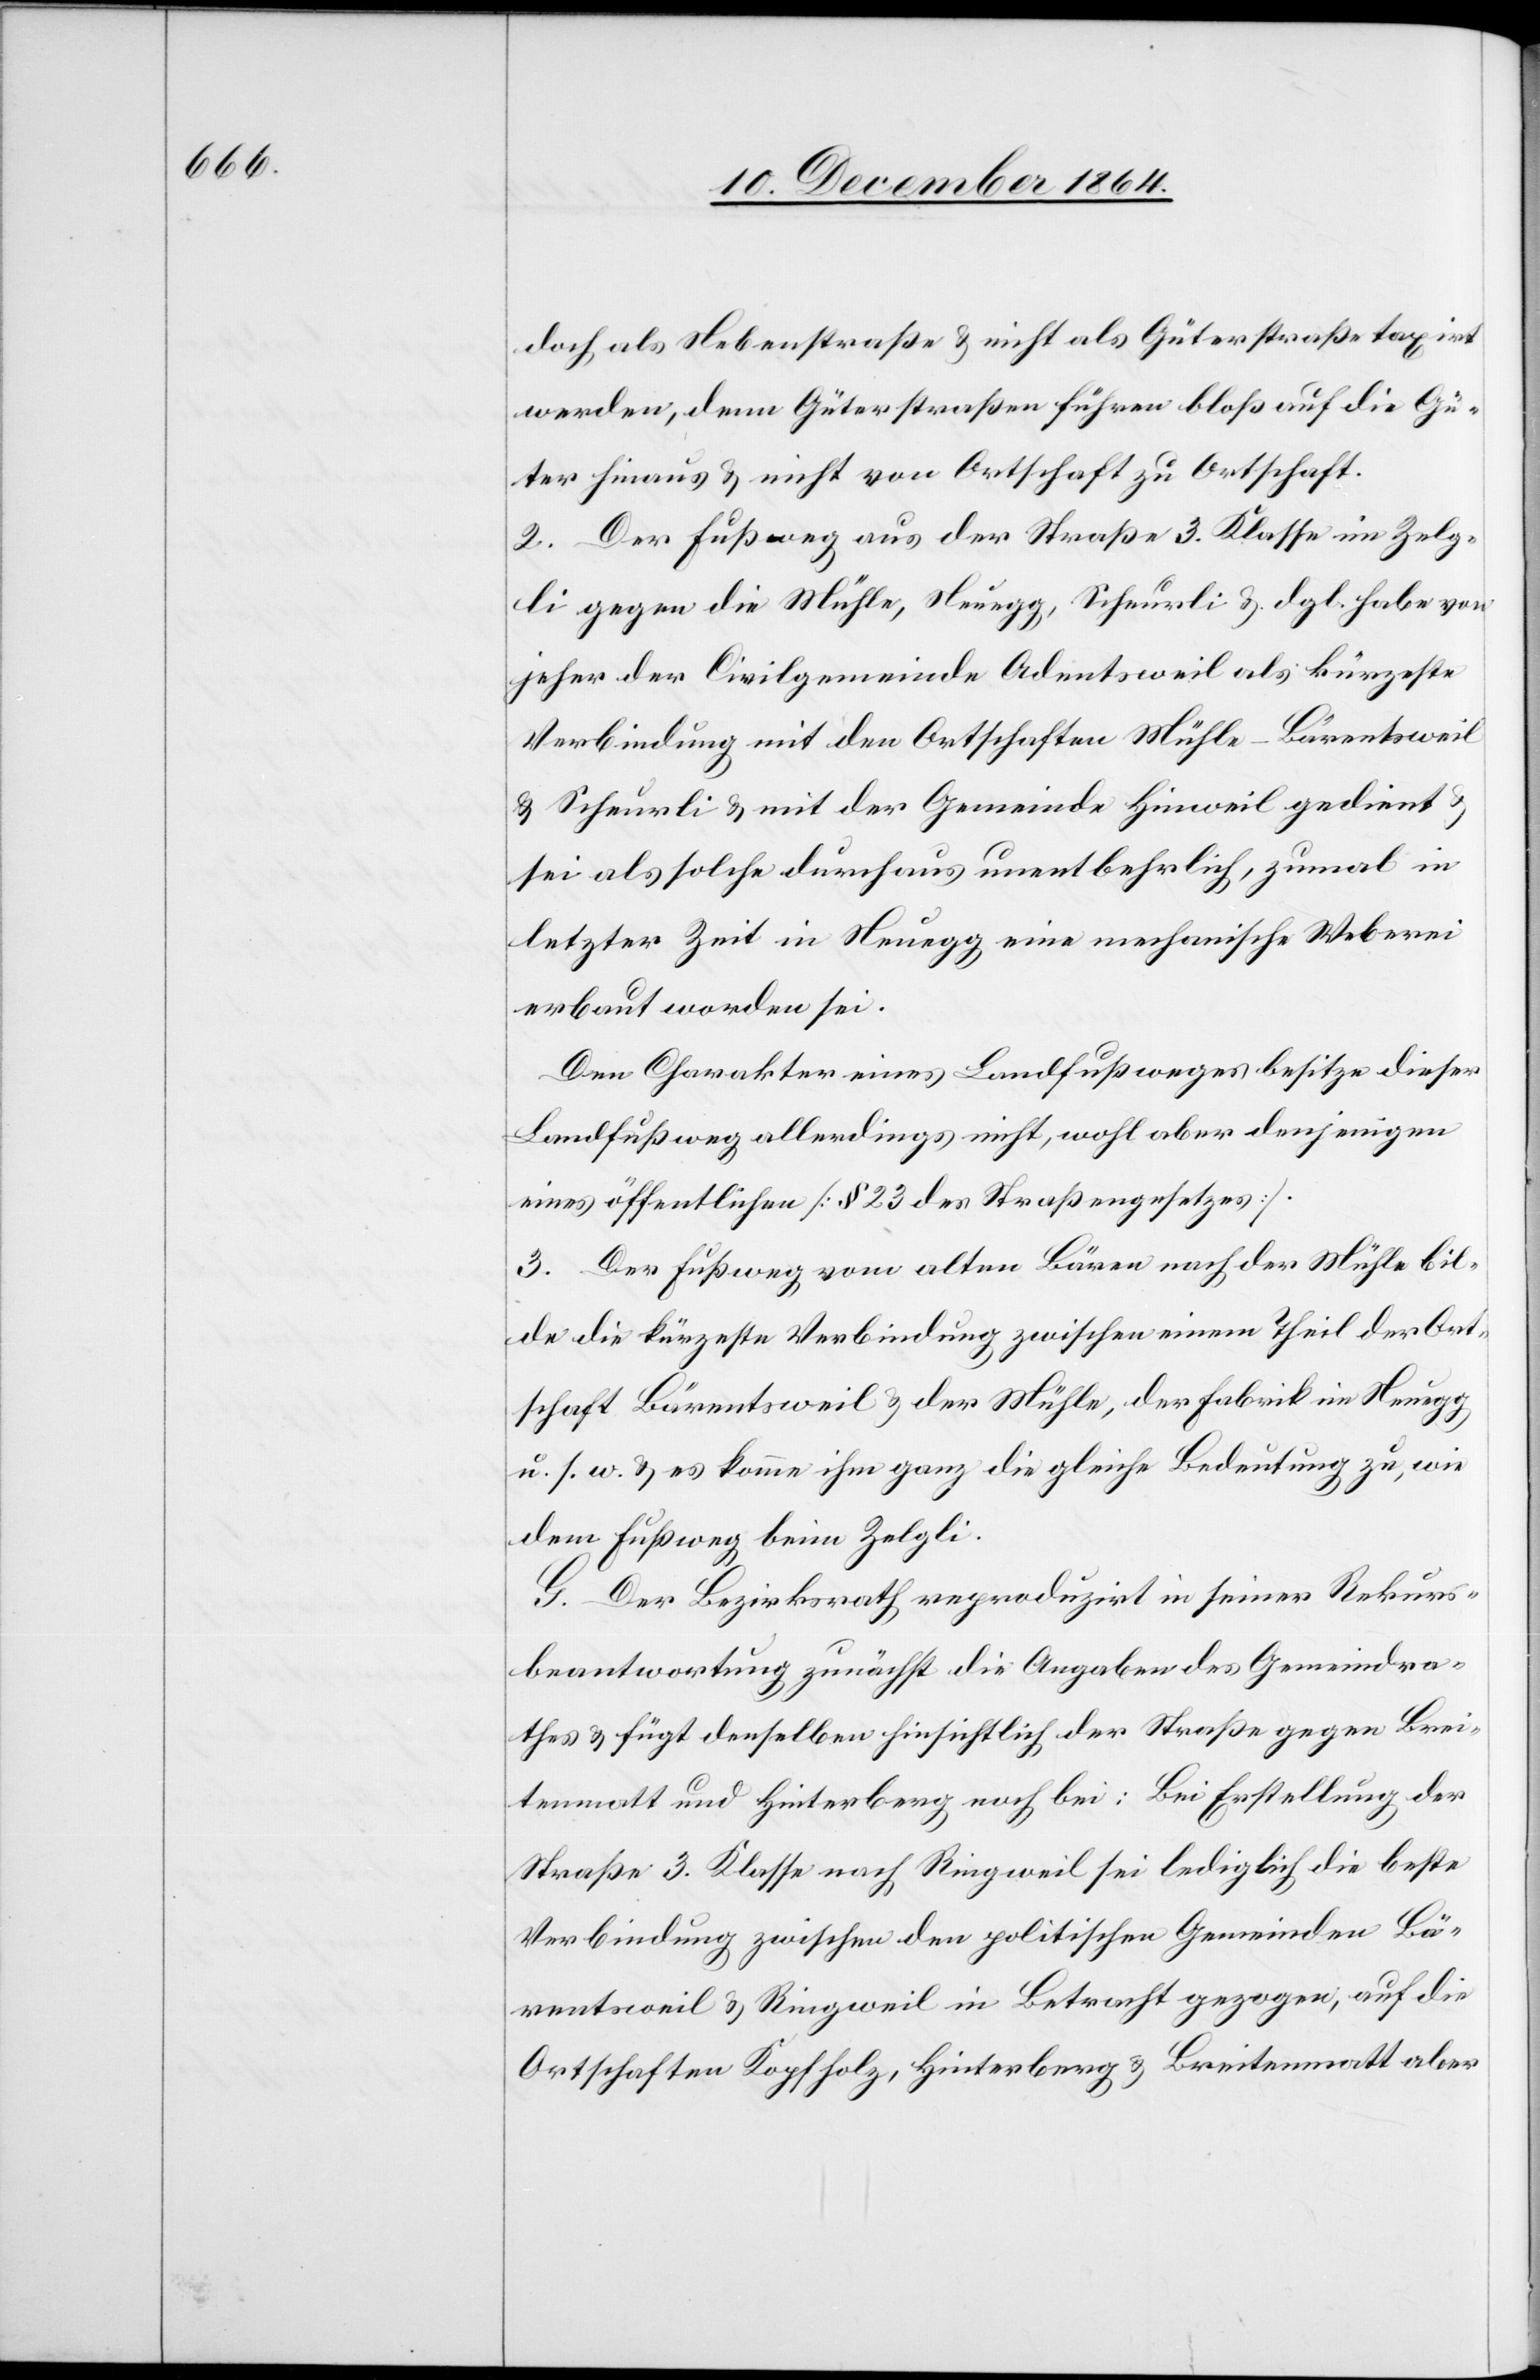
doch als Nebenstraße & nicht als Güterstraße taxirt
werden, denn Güterstraßen führen bloß auf die Gü¬
ter hinaus & nicht von Ortschaft zu Ortschaft.
2. Der Fußweg aus der Straße 3. Klasse im Zelg¬
li gegen die Mühle, Neuegg, Scheurli & dgl. habe von
jeher der Civilgemeinde Adentsweil als kürzeste
Verbindung mit den Ortschaften Mühle-Bärentsweil
& Scheurli & mit der Gemeinde Hinweil gedient
sei als solche durchaus unentbehrlich, zumal in
letzter Zeit in Neuegg eine mechanische Weberei
erbaut worden sei.
Den Charakter eines Landfußweges besitze dieser
Landfußweg allerdings nicht, wohl aber denjenigen
eines öffentlichen [§ 23 des Straßengesetzes].
3. Der Fußweg vom alten Bären nach der Mühle bil¬
de die kürzeste Verbindung zwischen einem Theil der Ort¬
schaft Bärentsweil & der Mühle, der Fabrik in Neuegg
u. s. w. & es komme ihm ganz die gleiche Bedeutung zu, wie
dem Fußweg beim Zelgli.
G. Der Bezirksrath reproduziert in seiner Rekurs¬
beantwortung zunächst die Angaben des Gemeindra¬
thes & fügt denselben hinsichtlich der Straße gegen Brei¬
tenmatt & Hinterberg noch bei: Bei Erstellung der
Straße 3. Klasse nach Ringweil sei lediglich die beste
Verbindung zwischen den politischen Gemeinden Bä¬
rentsweil & Ringweil in Betracht gezogen, auf die
Ortschaften Kopfholz, Hinterberg & Breitenmatt aber